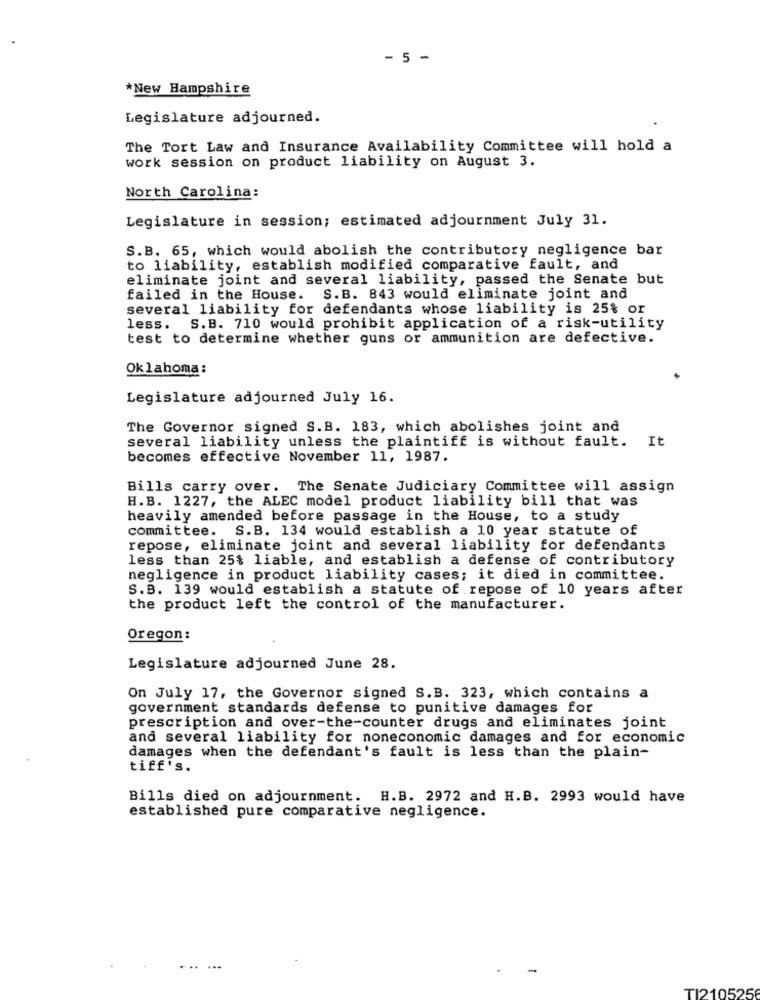
- 5 -
*New Hampshire
Legislature adjourned.
The Tort Law and Insurance Availability Committee will hold a
work session on product liability on August 3.
North Carolina:
Legislature in session; estimated adjournment July 31.
S.B. 65, which would abolish the contributory negligence bar
to liability, establish modified comparative fault, and
eliminate joint and several liability, passed the Senate but
failed in the House. S.B. 843 would eliminate joint and
several liability for defendants whose liability is 25% or
less. S.B. 710 would prohibit application of a risk-utility
test to determine whether guns or ammunition are defective.
Oklahoma:
Legislature adjourned July 16.
The Governor signed S.B. 183, which abolishes joint and
several liability unless the plaintiff is without fault. It
becomes effective November 11, 1987.
Bills carry over. The Senate Judiciary Committee will assign
H.B. 1227, the ALEC model product liability bill that was
heavily amended before passage in the House, to a study
committee. S.B. 134 would establish a 10 year statute of
repose, eliminate joint and several liability for defendants
less than 25% liable, and establish a defense of contributory
negligence in product liability cases; it died in committee.
S.B. 139 would establish a statute of repose of 10 years after
the product left the control of the manufacturer.
Oregon:
Legislature adjourned June 28.
On July 17, the Governor signed S.B. 323, which contains a
government standards defense to punitive damages for
prescription and over-the-counter drugs and eliminates joint
and several liability for noneconomic damages and for economic
damages when the defendant's fault is less than the plain-
tiff's.
Bills died on adjournment. H.B. 2972 and H.B. 2993 would have
established pure comparative negligence.
TI210525